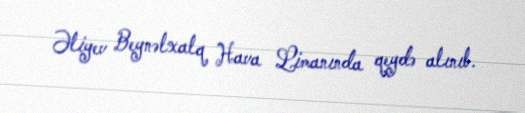
Əliyev Beynəlxalq Hava Limanında qeydə alınıb.